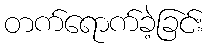
တက်ရောက်ခဲ့ခြင်း